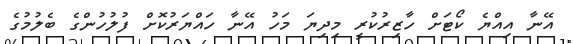
އޭނާ އިއްޔެ ކޯޓަށް ހާޒިރުކުރީ މިދިޔަ މަހު އޭނާ ހައްޔަރުކޮށް ފުލުހުންގެ ބެލުމުގެ